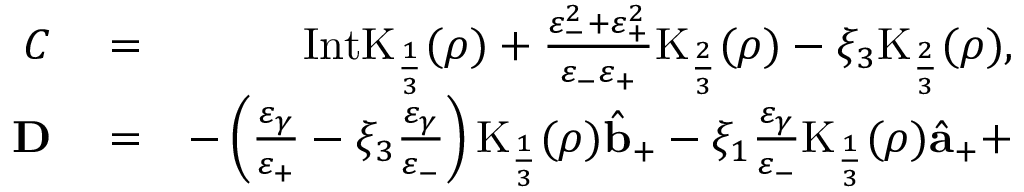
\begin{array} { r l r } { C } & { { } = } & { \mathrm { I n t K } _ { \frac { 1 } { 3 } } ( \rho ) + \frac { \varepsilon _ { - } ^ { 2 } + \varepsilon _ { + } ^ { 2 } } { \varepsilon _ { - } \varepsilon _ { + } } \mathrm { K } _ { \frac { 2 } { 3 } } ( \rho ) - \xi _ { 3 } \mathrm { K } _ { \frac { 2 } { 3 } } ( \rho ) , } \\ { { \bf D } } & { { } = } & { - \left( \frac { \varepsilon _ { \gamma } } { \varepsilon _ { + } } - \xi _ { 3 } \frac { \varepsilon _ { \gamma } } { \varepsilon _ { - } } \right) \mathrm { K } _ { \frac { 1 } { 3 } } ( \rho ) \hat { { \bf b } } _ { + } - \xi _ { 1 } \frac { \varepsilon _ { \gamma } } { \varepsilon _ { - } } \mathrm { K } _ { \frac { 1 } { 3 } } ( \rho ) \hat { { \bf a } } _ { + } + } \end{array}